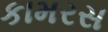
કામરસ